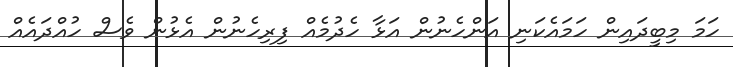
ހަމަ މިބީދައިން ހަމައެކަނި އަންހެނުން އަޅާ ހެދުމެއް ފިރިހެނުން އެޅުން ވެސް ހުއްދައެއް